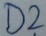
Text: D2